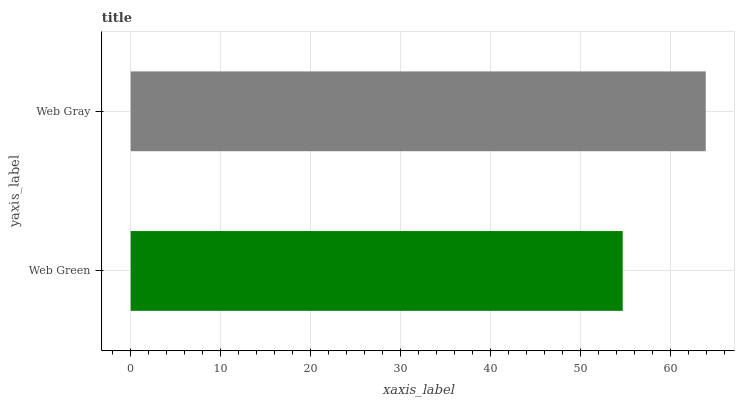
| yaxis_label | bars |
 | --- | --- |
 | Web Green | 54.7 |
 | Web Gray | 64 |